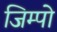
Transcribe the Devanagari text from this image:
जिम्पो